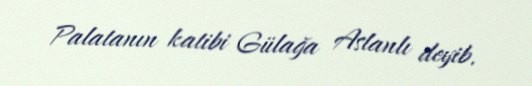
Palatanın katibi Gülağa Aslanlı deyib.